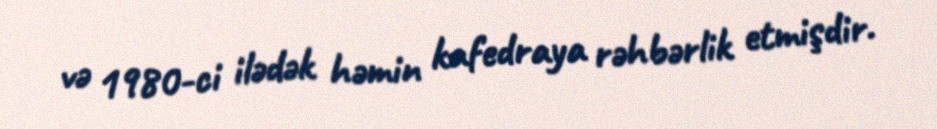
və 1980-ci ilədək həmin kafedraya rəhbərlik etmişdir.